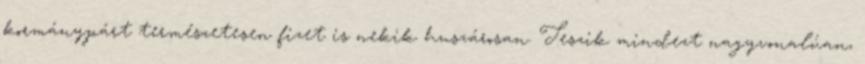
kormánypárt természetesen fizet is nekik huszárosan. Teszik mindezt nagyvonalúan,